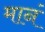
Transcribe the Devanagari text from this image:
मानं